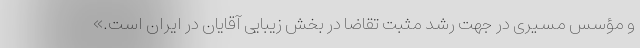
و مؤسس مسیری در جهت رشد مثبت تقاضا در بخش زیبایی آقایان در ایران است.»